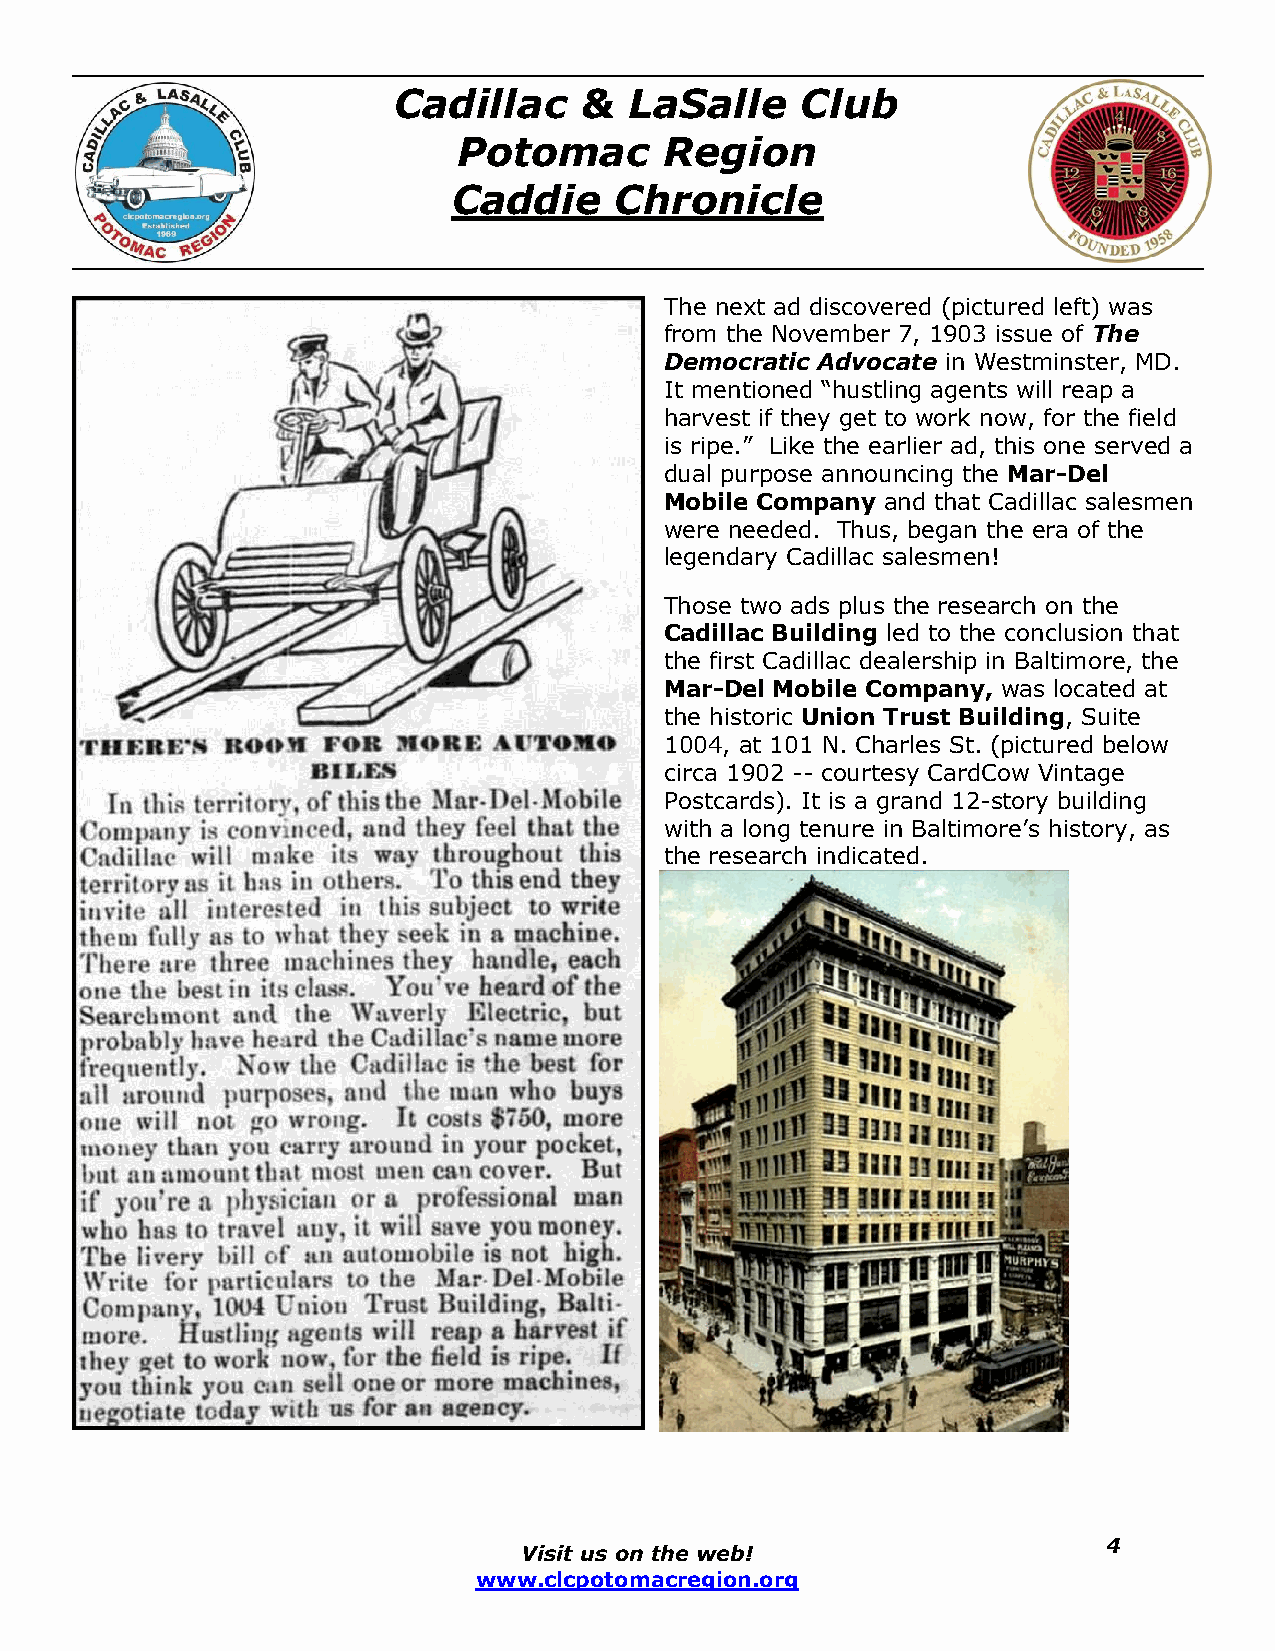
Cadillac    &   LaSalle    Club
 Potomac       Region
 Caddie     Chronicle
 The next ad discovered (pictured left) was
 from the November 7, 1903 issue of The
 Democratic Advocate in Westminster, MD.
 It mentioned “hustling agents will reap a
 harvest if they get to work now, for the field
 is ripe.” Like the earlier ad, this one served a
 dual purpose announcing the Mar-Del
 Mobile Company and that Cadillac salesmen
 were needed. Thus, began the era of the
 legendary Cadillac salesmen!
 Those two ads plus the research on the
 Cadillac Building led to the conclusion that
 the first Cadillac dealership in Baltimore, the
 Mar-Del Mobile Company, was located at
 the historic Union Trust Building, Suite
 1004, at 101 N. Charles St. (pictured below
 circa 1902 -- courtesy CardCow Vintage
 Postcards). It is a grand 12-story building
 with a long tenure in Baltimore’s history, as
 the research indicated.
 Visit us on the web!
 4
 www.clcpotomacregion.org